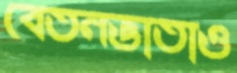
বেতনভাতাও